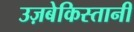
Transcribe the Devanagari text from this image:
उज़बेकिस्तानी